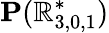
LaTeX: \mathbf{P}(\mathbb{R}_{3,0,1}^{*})